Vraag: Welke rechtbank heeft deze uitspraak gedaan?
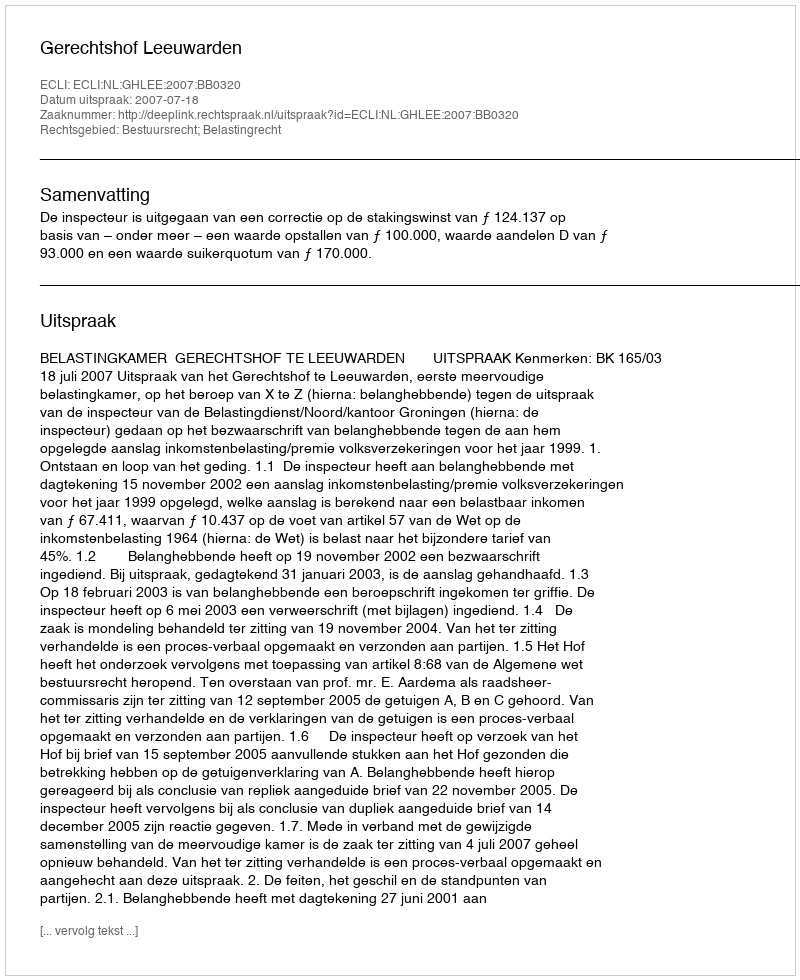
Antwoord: Gerechtshof Leeuwarden